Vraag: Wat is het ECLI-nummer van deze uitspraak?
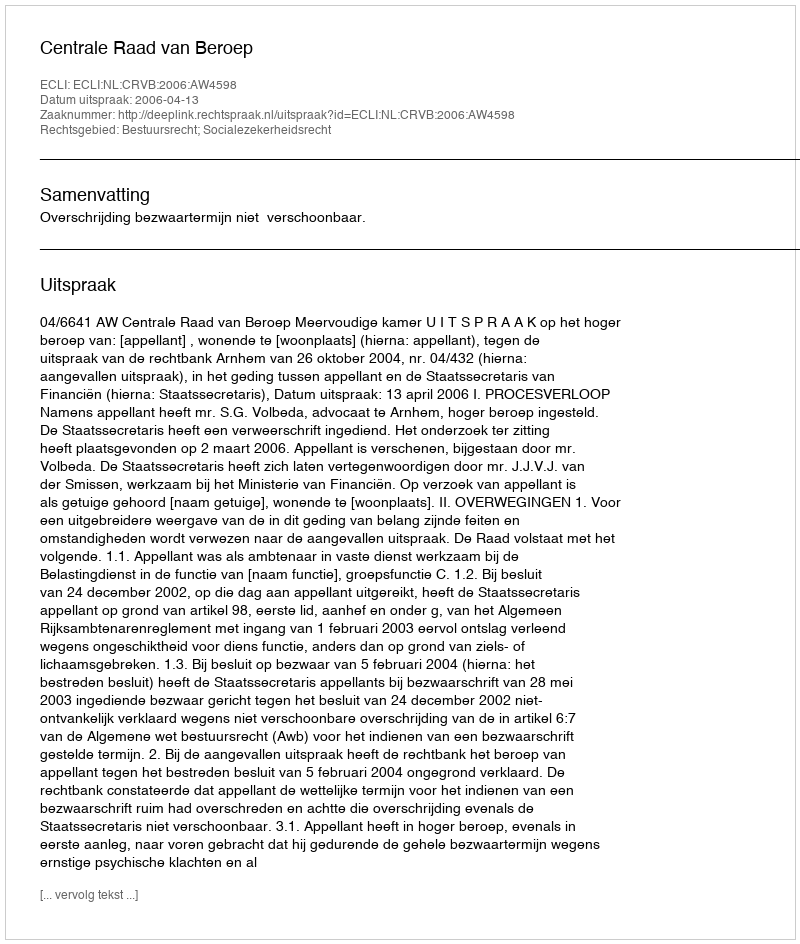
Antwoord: ECLI:NL:CRVB:2006:AW4598